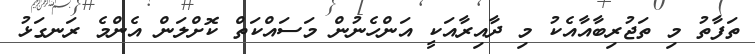
ތަފާތު މި ތަޖުރިބާއާއެކު މި ދާއިރާއަކީ އަންހެނުން މަސައްކަތް ކޮށްލަން އެންމެ ރަނގަޅު